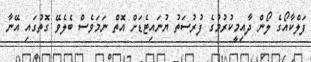
ފަލްކާއޯގެ ލޯން ދާއިމީކުރުމުގެ ފުރުސަތު ޔުނައިޓެޑަށް އޮތް ނަމަވެސް ބެލެވޭ ގޮތުގައި އޭނާ